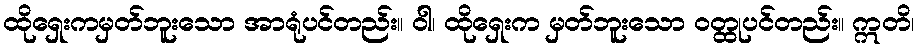
ထိုရှေးကမှတ်ဘူးသော အာရုံပင်တည်း။ ဝါ၊ ထိုရှေးက မှတ်ဘူးသော ဝတ္ထုပင်တည်း။ ဣတိ၊